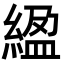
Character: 䋼